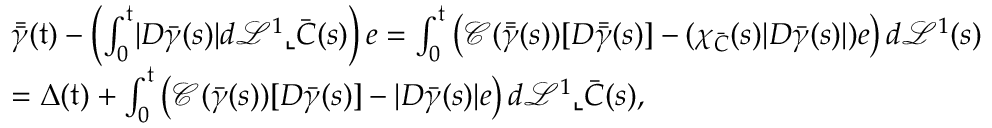
\begin{array} { r l } & { \bar { \bar { \gamma } } ( \mathfrak { t } ) - \left( \int _ { 0 } ^ { \mathfrak { t } } \lvert D { \bar { \gamma } } ( s ) \rvert d \mathcal { L } ^ { 1 } \llcorner \bar { C } ( s ) \right) e = \int _ { 0 } ^ { \mathfrak { t } } \left( \mathscr { C } ( \bar { \bar { \gamma } } ( s ) ) [ D \bar { \bar { \gamma } } ( s ) ] - ( \chi _ { \bar { C } } ( s ) \lvert D { \bar { \gamma } } ( s ) \rvert ) e \right) d \mathcal { L } ^ { 1 } ( s ) } \\ & { = \Delta ( \mathfrak { t } ) + \int _ { 0 } ^ { \mathfrak { t } } \left( \mathscr { C } ( \bar { \gamma } ( s ) ) [ D \bar { \gamma } ( s ) ] - \lvert D \bar { \gamma } ( s ) \rvert e \right) d \mathcal { L } ^ { 1 } \llcorner \bar { C } ( s ) , } \end{array}